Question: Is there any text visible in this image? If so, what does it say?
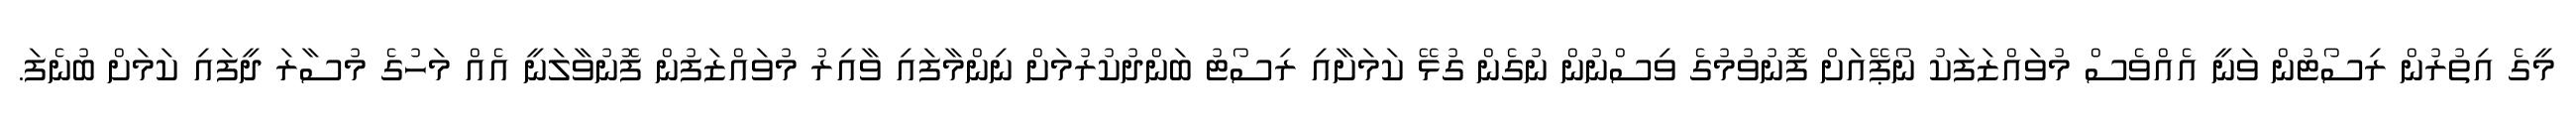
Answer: މީގެ އިތުރުން ރިސޯޓުން ވަނީ އެއްވެސް މުވައްޒަފަކު ނޯޕޭއަށް ފޮނުވުމުގެ ވިސްނުން ނުގެން ގުޅޭ ކަމަށާއި ރިސޯޓު ބަންދުކުރުމަށް ނިންމާފައި ވާއިރު މުވައްޒަފުން ފޮނުވާލަނީ އެއް މަހުގެ މުސާރަ ދީފައި ކަމަށް ބުނެފަ.